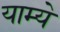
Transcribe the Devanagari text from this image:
याम्ये